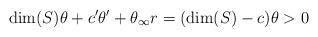
LaTeX: \begin{align*}\dim(S)\theta + c'\theta'+\theta_{\infty}r &= (\dim(S)-c)\theta >0\end{align*}